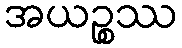
အယဉ္စဿ